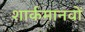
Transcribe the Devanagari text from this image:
शार्कमानवों